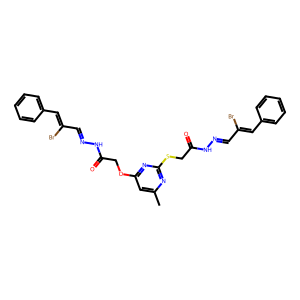
SMILES: Cc1cc(OCC(=O)NN=CC(Br)=Cc2ccccc2)nc(SCC(=O)NN=CC(Br)=Cc2ccccc2)n1
Inhibits HIV replication: No